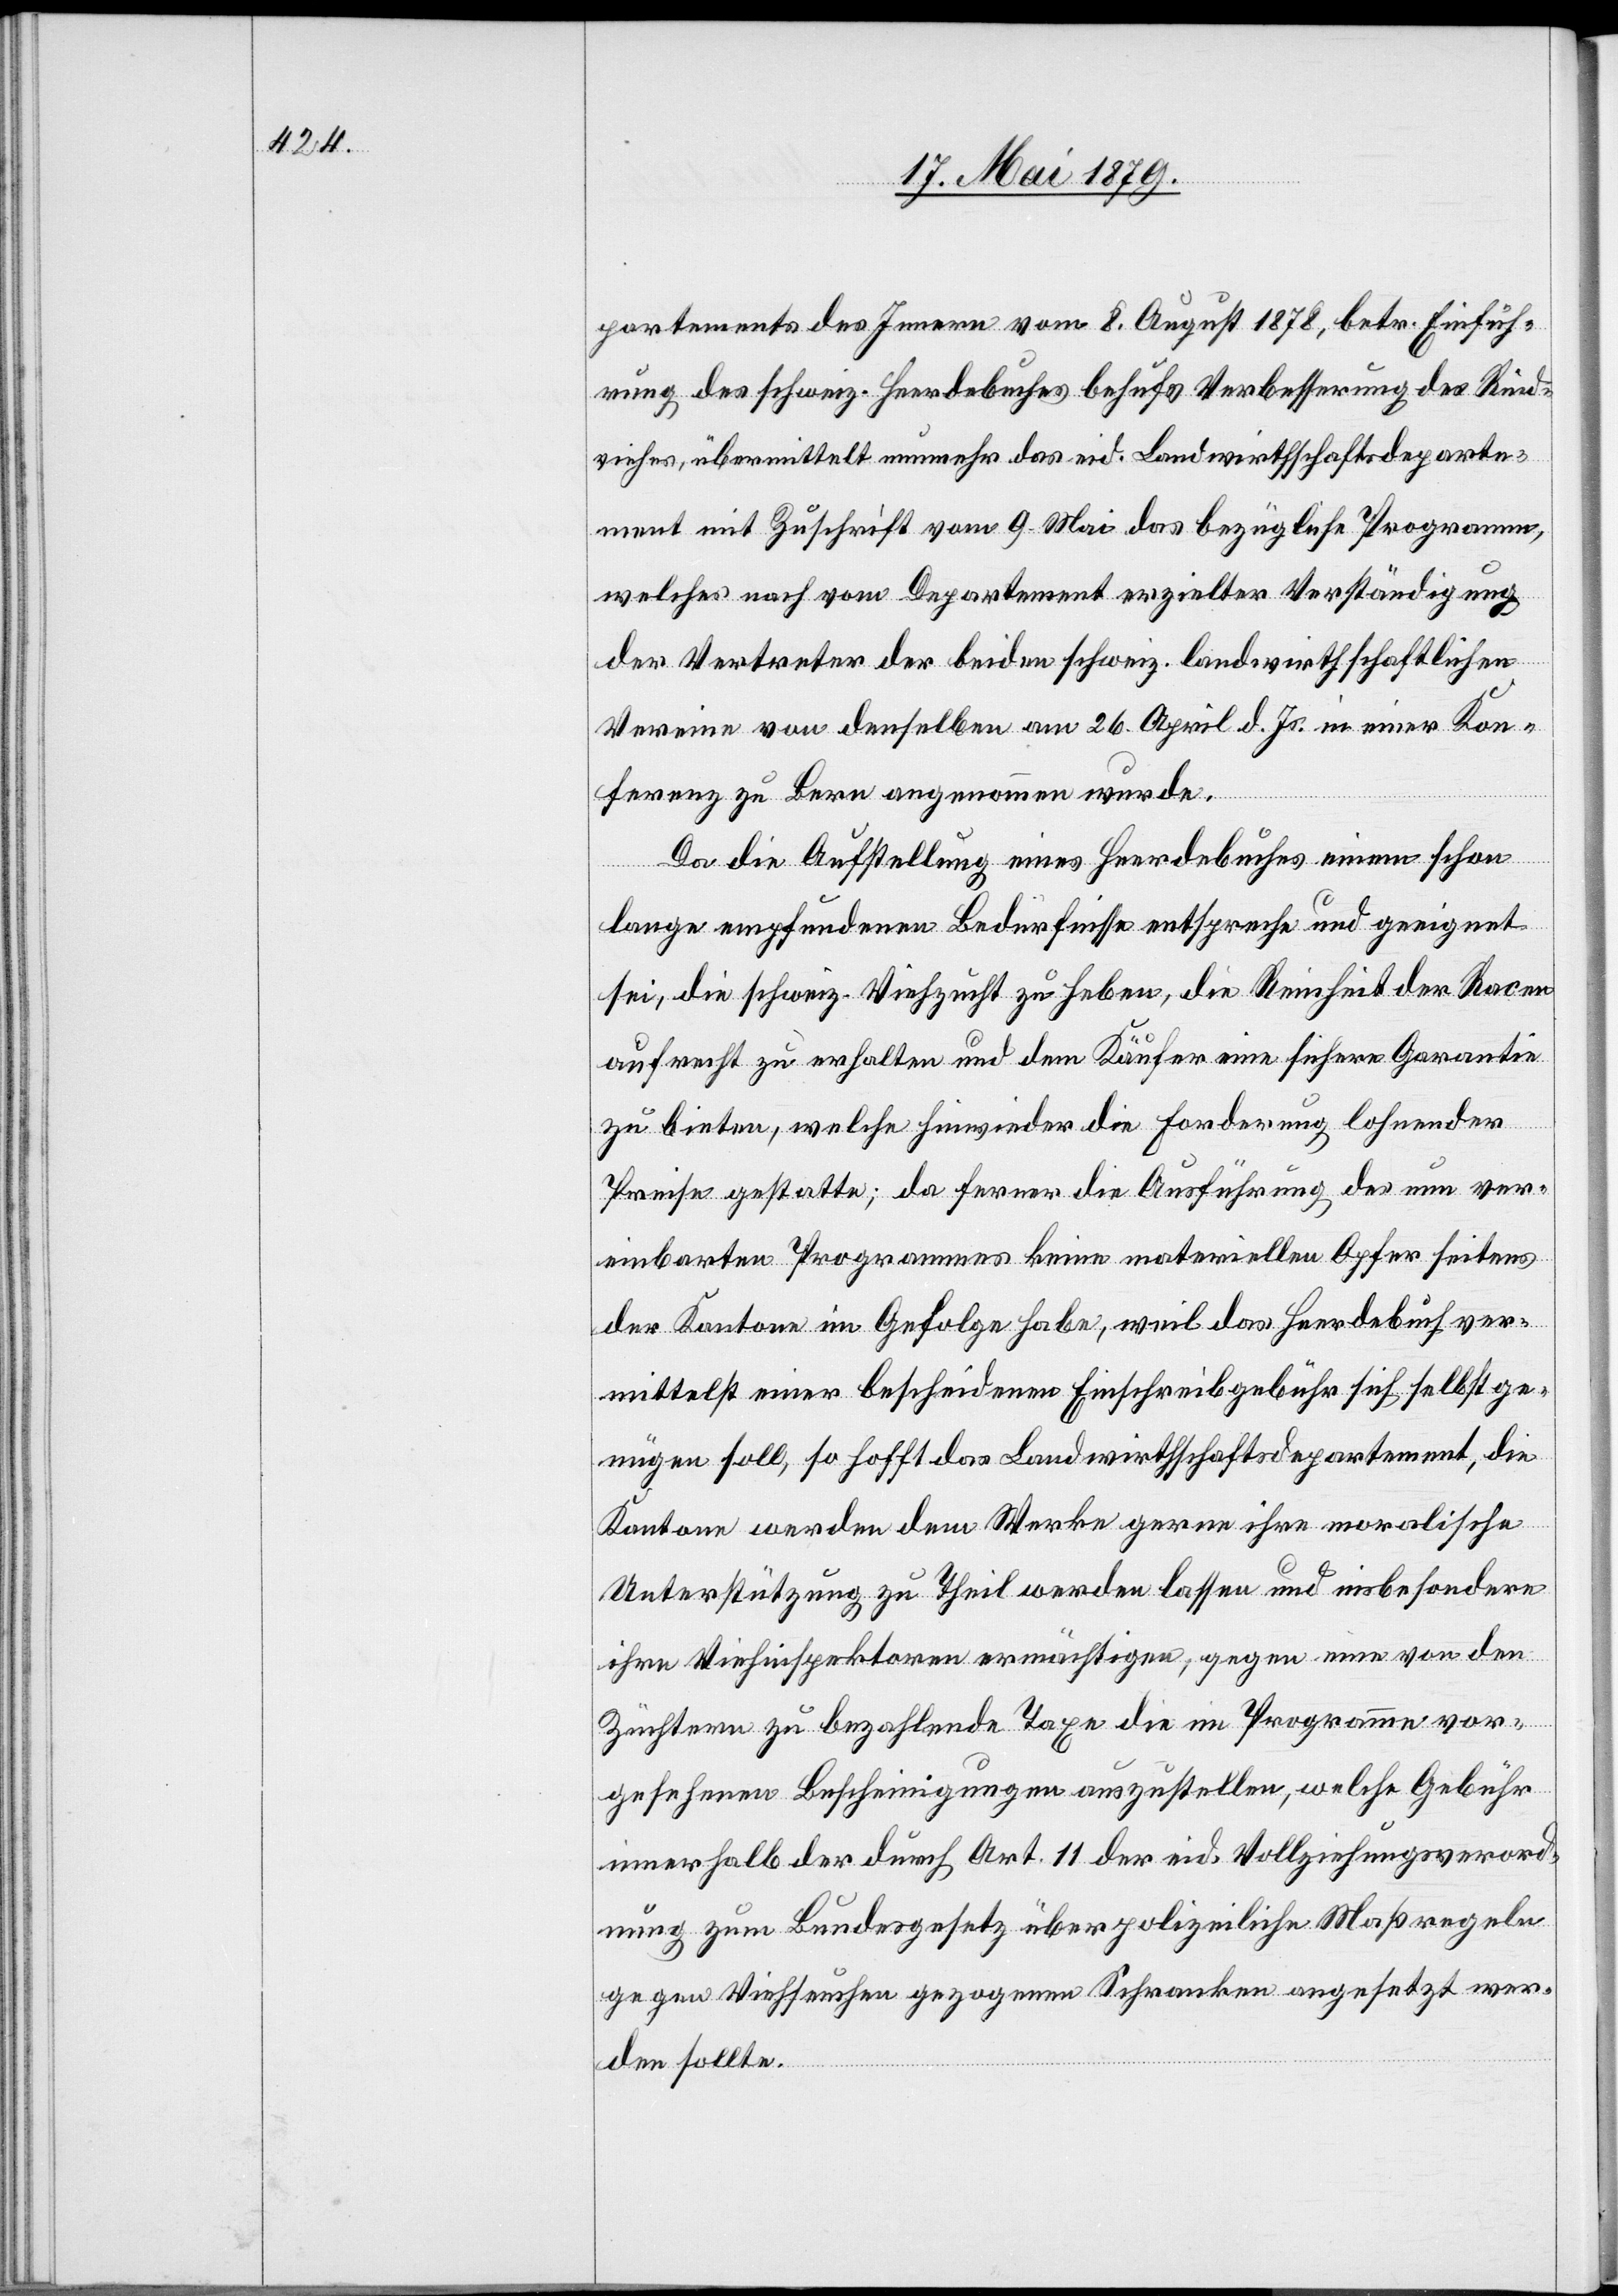
partements des Innern vom 8. August 1878, betr. Einfüh¬
rung des schweiz. Heerdebuches behufs Verbesserung des Rind¬
viehes, übermittelt nunmehr das eid. Landwirthschaftsdeparte¬
ment mit Zuschrift vom 9. Mai das bezügliche Programm,
welches nach vom Departement erzielter Verständigung
der Vertreter der beiden schweiz. landwirthschaftlichen
Vereine von denselben am 26. April d. Js. in einer Kon¬
ferenz zu Bern angenommen wurde.
Da die Aufstellung eines Heerdebuches einem schon
lange empfundenen Bedürfnisse entspreche und geeignet
sei, die schweiz. Viehzucht zu heben, die Reinheit der Racen
aufrecht zu erhalten und dem Käufer eine sichere Garantie
zu bieten, welche hinwieder die Forderung lohnender
Preise gestatte; da ferner die Ausführung des nun ver¬
einbarten Programmes keine materiellen Opfer seitens
der Kantone im Gefolge habe, weil das Heerdebuch ver¬
mittelst einer bescheidenen Einschreibgebühr sich selbst ge¬
nügen soll, so hofft das Landwirthschaftsdepartement, die
Kantone werden dem Werke gerne ihre moralische
Unterstützung zu Theil werden lassen und insbesondere
ihre Viehinspektoren ermächtigen, gegen eine von den
Züchtern zu bezahlende Taxe die im Programme vor¬
gesehenen Bescheinigungen auszustellen, welche Gebühr
innerhalb der durch Art. 11 der eid. Vollziehungsverord¬
nung zum Bundesgesetz über polizeiliche Maßregeln
gegen Viehseuchen gezogenen Schranken angesetzt wer¬
den sollte.